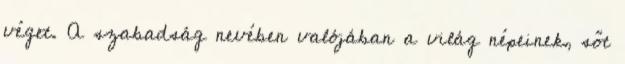
véget. A szabadság nevében valójában a világ népeinek, sőt